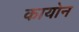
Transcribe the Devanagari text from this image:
कायोन